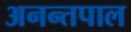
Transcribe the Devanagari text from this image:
अनन्तपाल